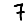
Digit: 7